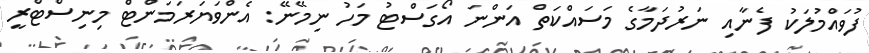
ފުވައްމުލަކު ފެނާއި ނަރުދަމާގެ މަސައްކަތް އަންނަ އޯގަސްޓު މަހު ނިމޭނޭ: އެންވަޔަރަމަންޓް މިނިސްޓްރީ